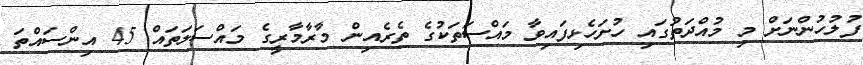
ފުލުހުންނަށް މި މުއްދަތުގައި ހުށަހެޅިފައިވާ މައްސަތަކުގެ ތެރެއިން މާރާމާރީގެ މައްސަލަތައް 45 އިންސައްތަ